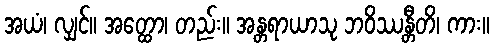
အယံ၊ လျှင်။ အတ္ထော၊ တည်း။ အန္တရာယာသု ဘဝိဿန္တီတိ၊ ကား။